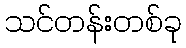
သင်တန်းတစ်ခု